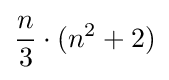
{\frac {n}{3}}\cdot (n^{2}+2)